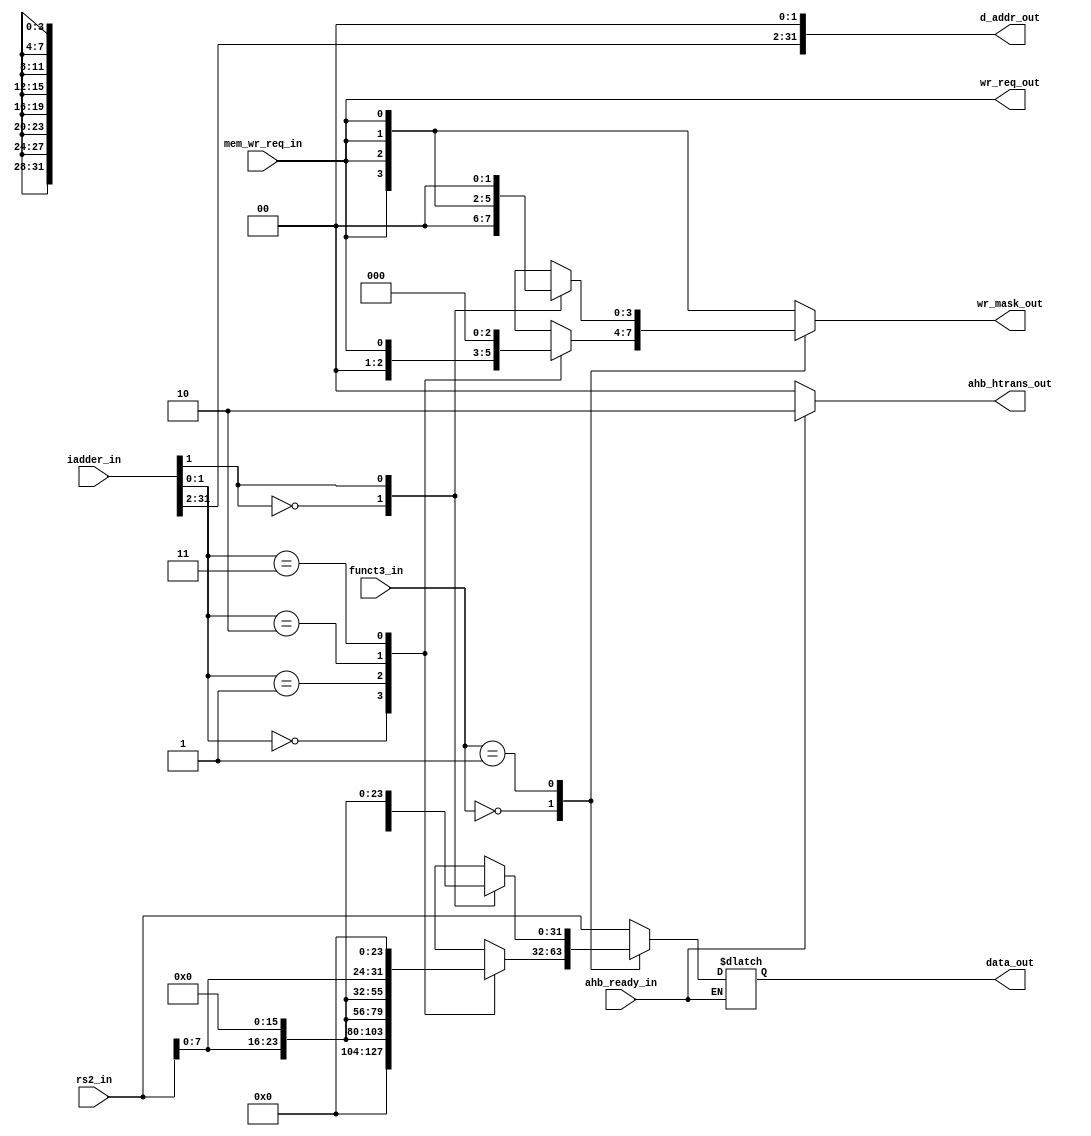

 module msrv32_store_unit(input      [1:0 ] funct3_in,
		         input      [31:0] iadder_in,rs2_in,
                         input             mem_wr_req_in,ahb_ready_in,
			 output     [31:0] d_addr_out,
			 output reg [31:0] data_out,
			 output reg [3 :0] wr_mask_out,
                         output reg [1:0]  ahb_htrans_out,
		         output            wr_req_out
);
 

   reg [31:0] byte_dout,halfword_dout; 
   reg [3:0 ] byte_wr_mask,halfword_wr_mask;   
   reg [31:0] d_addr=0; 
  
   assign d_addr_out= {iadder_in[31:2],2'b00};

   assign wr_req_out=mem_wr_req_in;
 
   always@(*)
   begin
      case(iadder_in[1:0])
         2'b00   : byte_dout = {8'b0,8'b0,8'b0,rs2_in[7:0]};
         2'b01   : byte_dout = {8'b0,8'b0,rs2_in[7:0],8'b0};
         2'b10   : byte_dout = {8'b0,rs2_in[7:0],8'b0,8'b0};
         2'b11   : byte_dout = {rs2_in[7:0],8'b0,8'b0,8'b0};
         default : byte_dout = 32'b0;
      endcase
   end
 

   always@(*)
   begin
      case(iadder_in[1])
         1'b0    : halfword_dout = {16'b0,rs2_in[15:0]};
         1'b1    : halfword_dout = {rs2_in[15:0],16'b0};
         default : halfword_dout = 32'b0;
      endcase
   end

   always@(*)
   begin 
     if(ahb_ready_in)
      begin
         case(funct3_in)
            2'b00   : data_out = byte_dout;
            2'b01   : data_out = halfword_dout;
            default : data_out = rs2_in;
         endcase
         ahb_htrans_out = 2'b10;
      end
      else
         ahb_htrans_out = 2'b00;         
   end

 
   always@(*)
   begin
      case(funct3_in)
         2'b00   : wr_mask_out = byte_wr_mask;
         2'b01   : wr_mask_out = halfword_wr_mask;
         default : wr_mask_out = {4{mem_wr_req_in}};
      endcase 
   end
 

   always@(*)
   begin
      case(iadder_in[1:0])
         2'b00   : byte_wr_mask = {3'b0,mem_wr_req_in};
         2'b01   : byte_wr_mask = {2'b0,mem_wr_req_in,1'b0};
         2'b10   : byte_wr_mask = {1'b0,mem_wr_req_in,2'b0};
         2'b11   : byte_wr_mask = {mem_wr_req_in,3'b0};
	 default : byte_wr_mask = {4{mem_wr_req_in}};
      endcase 
   end

   always@(*)
   begin
      case(iadder_in[1])
         1'b0    : halfword_wr_mask = {2'b0,{2{mem_wr_req_in}}};
         1'b1    : halfword_wr_mask = {{2{mem_wr_req_in}},2'b0};
	 default : halfword_wr_mask = {4{mem_wr_req_in}};
      endcase 
   end 


endmodule